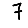
Digit: 7